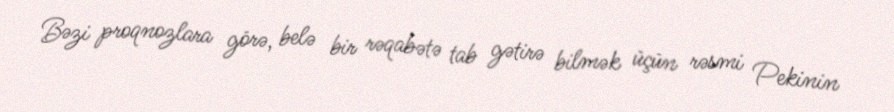
Bəzi proqnozlara görə, belə bir rəqabətə tab gətirə bilmək üçün rəsmi Pekinin